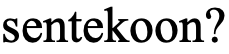
sentekoon?